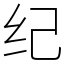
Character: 纪